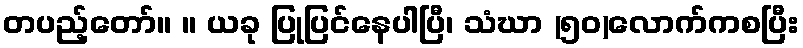
တပည့်တော်။ ။ ယခု ပြုပြင်နေပါပြီ၊ သံဃာ (၅၀)လောက်ကစပြီး